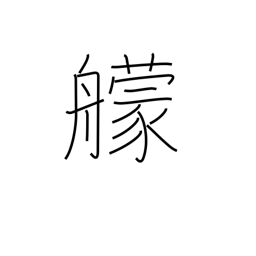
Meaning: fighting ship